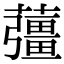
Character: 䕬